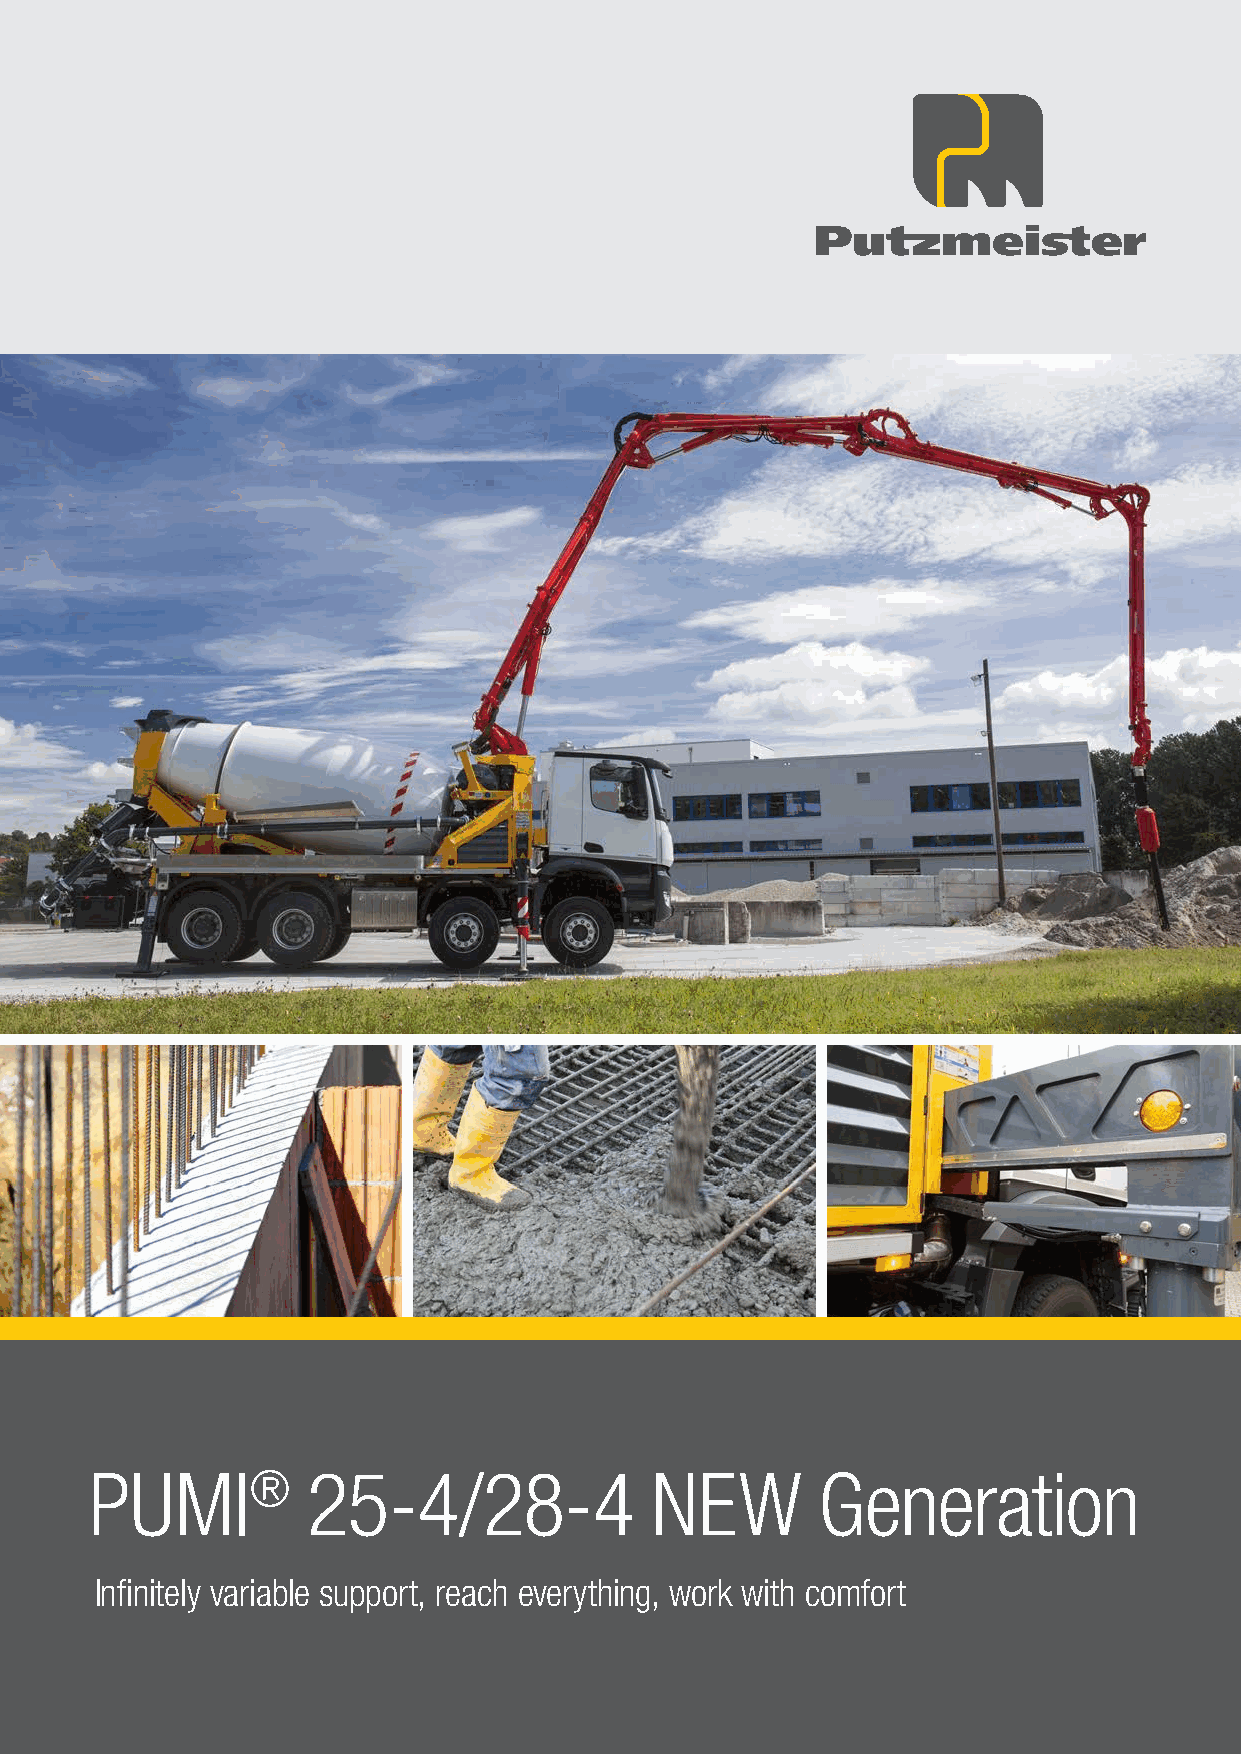
PUMI®         25-4/28-4              NEW        Generation
 Infinitely variable support, reach everything, work with comfort